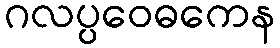
ဂလပ္ပဝေဓကေန